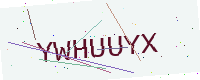
Text: YWHUUYX